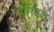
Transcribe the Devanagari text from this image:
गॉशियन